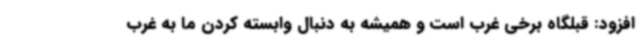
افزود: قبلگاه برخی غرب است و همیشه به دنبال وابسته کردن ما به غرب